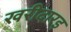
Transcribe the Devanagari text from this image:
खरीदारइ